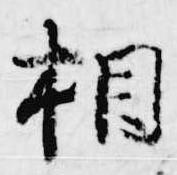
相